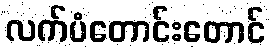
လက်ပံတောင်းတောင်